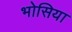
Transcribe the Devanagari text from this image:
भोसिया